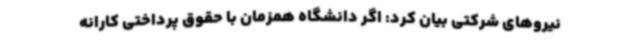
نیروهای شرکتی بیان کرد: اگر دانشگاه همزمان با حقوق پرداختی کارانه